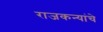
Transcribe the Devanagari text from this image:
राजकन्यांचे